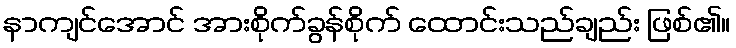
နာကျင်အောင် အားစိုက်ခွန်စိုက် ထောင်းသည်ချည်း ဖြစ်၏။